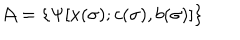
{ \cal A } = \{ \Psi [ x ( \sigma ) ; c ( \sigma ) , b ( \sigma ) ] \}